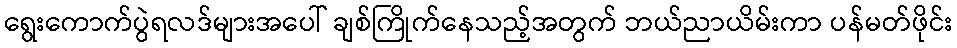
ရွေးကောက်ပွဲရလဒ်များအပေါ် ချစ်ကြိုက်နေသည့်အတွက် ဘယ်ညာယိမ်းကာ ပန်မတ်ဖိုင်း